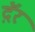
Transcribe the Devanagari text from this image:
दॅ़र